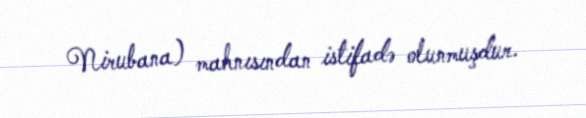
Nirubana) mahnısından istifadə olunmuşdur.